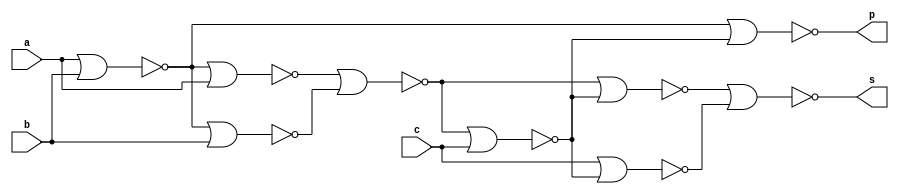
module binary_adder(
    input a,
    input b,
    input c,
    output s,
    output p
    );
    wire d, e, f, g, h, i, j;
    nor(d, a, b);
    nor(e, d, a);
    nor(f, d, b);
    nor(g, e, f);
    nor(h, g, c);
    nor(i, g, h);
    nor(j, c, h);
    nor(s, i, j);
    nor(p, d, h);
endmodule